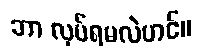
ဘာ လုပ်ရမလဲဟင်။